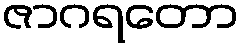
ဇာဂရတော